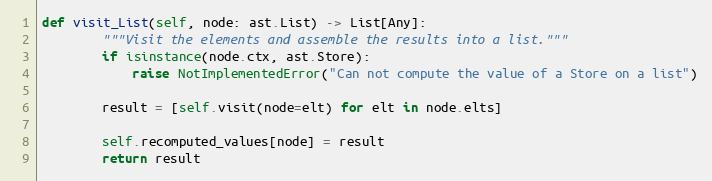
Language: Python
def visit_List(self, node: ast.List) -> List[Any]:
        """Visit the elements and assemble the results into a list."""
        if isinstance(node.ctx, ast.Store):
            raise NotImplementedError("Can not compute the value of a Store on a list")

        result = [self.visit(node=elt) for elt in node.elts]

        self.recomputed_values[node] = result
        return result